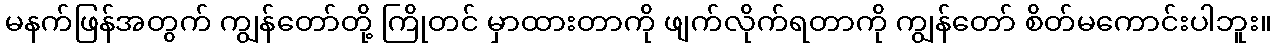
မနက်ဖြန်အတွက် ကျွန်တော်တို့ ကြိုတင် မှာထားတာကို ဖျက်လိုက်ရတာကို ကျွန်တော် စိတ်မကောင်းပါဘူး။